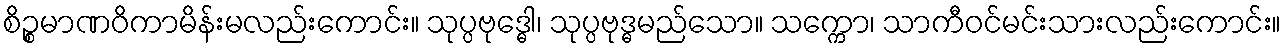
စိဉ္စမာဏဝိကာမိန်းမလည်းကောင်း။ သုပ္ပဗုဒ္ဓေါ၊ သုပ္ပဗုဒ္ဓမည်သော။ သက္ကော၊ သာကီဝင်မင်းသားလည်းကောင်း။